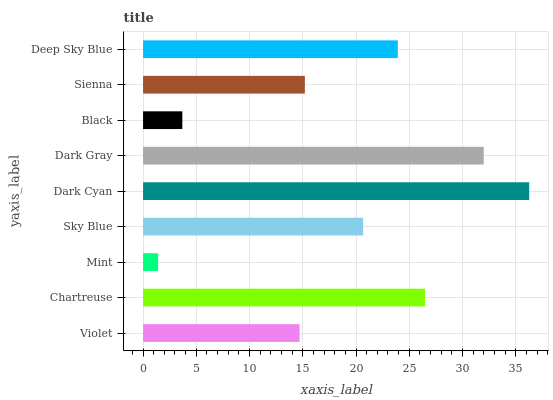
| yaxis_label | bars |
 | --- | --- |
 | Violet | 14.7 |
 | Chartreuse | 26.5 |
 | Mint | 1.41 |
 | Sky Blue | 20.7 |
 | Dark Cyan | 36.3 |
 | Dark Gray | 32 |
 | Black | 3.69 |
 | Sienna | 15.2 |
 | Deep Sky Blue | 23.9 |